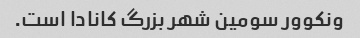
ونکوور سومین شهر بزرگ کانادا است.